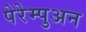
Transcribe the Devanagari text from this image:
पेरेम्पुअन